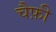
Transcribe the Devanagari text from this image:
चैफ़ी